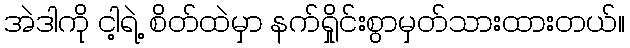
အဲဒါကို ငါ့ရဲ့ စိတ်ထဲမှာ နက်ရှိုင်းစွာမှတ်သားထားတယ်။